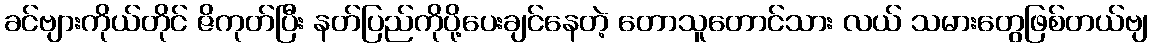
ခင်ဗျားကိုယ်တိုင် ဇိကုတ်ပြီး နတ်ပြည်ကိုပို့ပေးချင်နေတဲ့ တောသူတောင်သား လယ် သမားတွေဖြစ်တယ်ဗျ